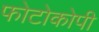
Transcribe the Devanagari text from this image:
फोटोकोपी